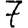
Digit: 7